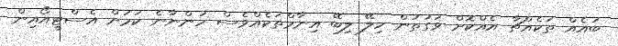
ބައެއް ތަކެއްޗާ އެއްކޮށް ވަގުތުން ހިލޭ ލިބޭ އިނާމްތަކެއްވެސް ހުންނާނެ ކަމަށް އެސްޓީއޯއިން